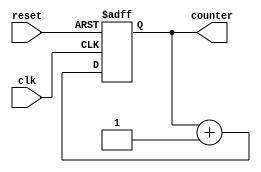
`timescale 1ns / 1ps
//////////////////////////////////////////////////////////////////////////////////
// Company: 
// Engineer: 
// 
// Design Name: 
// Module Name: up_counter
// Project Name: 
// Target Devices: 
// Tool Versions: 
// Description: 
// 
// Dependencies: 
// 
// Revision:
// Revision 0.01 - File Created
// Additional Comments:
// 
//////////////////////////////////////////////////////////////////////////////////



module up_counter(input clk, reset, output[3:0] counter
    );
reg [3:0] counter_up;

// up counter
always @(posedge clk or posedge reset)
begin
if(reset)
 counter_up <= 4'd0;
else
 counter_up <= counter_up + 4'd1;
end 
assign counter = counter_up;
endmodule